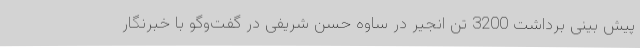
پیش بینی برداشت 3200 تن انجیر در ساوه حسن شریفی در گفت‌وگو با خبرنگار